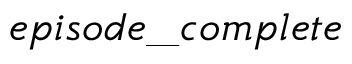
e p i s o d e \_ c o m p l e t e